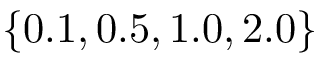
\{ 0 . 1 , 0 . 5 , 1 . 0 , 2 . 0 \}